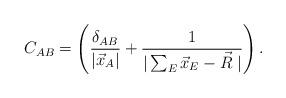
LaTeX: \begin{align*}C_{AB}=\left(\frac{\delta_{AB}}{|\vec x_A|} + \frac{1}{|\sum_{E} \vec x_E - \vec R\;|}\right) .\end{align*}